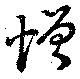
憎